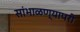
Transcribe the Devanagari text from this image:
सांभाळण्यापरी